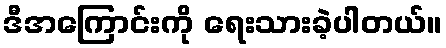
ဒီအကြောင်းကို ရေးသားခဲ့ပါတယ်။